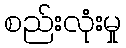
စည်းလုံးမှု